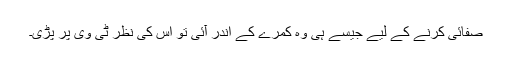
صفائی کرنے کے لیے جیسے ہی وہ کمرے کے اندر آئی تو اس کی نظر ٹی وی پر پڑی۔